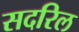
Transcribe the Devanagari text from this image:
सदरिल